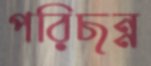
পরিছন্ন